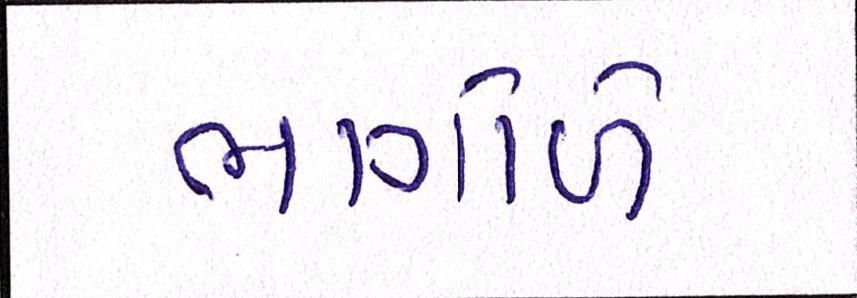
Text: ભાગોળે